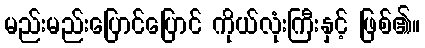
မည်းမည်းပြောင်ပြောင် ကိုယ်လုံးကြီးနှင့် ဖြစ်၏။